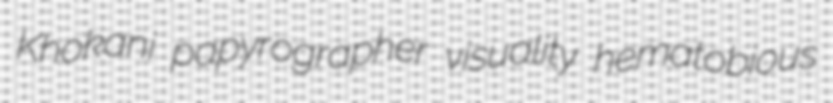
Khokani papyrographer visuality hematobious